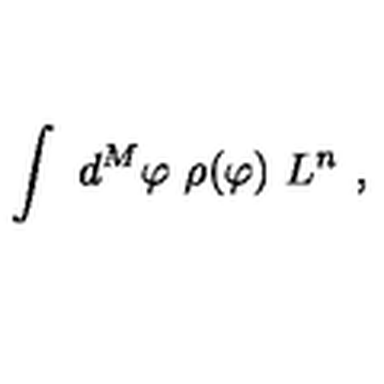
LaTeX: \int \ d ^ { M } \varphi \ \rho ( \varphi ) \ L ^ { n } \ ,